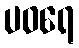
ပဝရေ